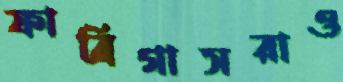
ফাব্রিগাসরাও